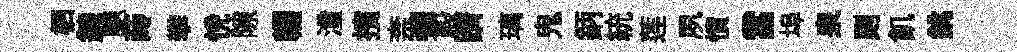
栖錬颷蒔攀恱隙輟潼擯柰彌殿躋璃鬼鈵統莲夙憤當埠泉则飢銚